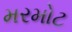
મરમોટ